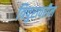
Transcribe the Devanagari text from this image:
त्रिपुरावरील